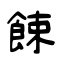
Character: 餗